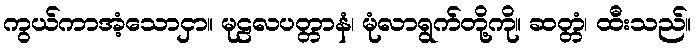
ကွယ်ကာအံ့သောငှာ။ မုဠလပတ္တာနံ၊ မုံလာရွက်တို့ကို။ ဆတ္တံ၊ ထီးသည်။